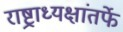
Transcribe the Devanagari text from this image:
राष्ट्राध्यक्षांतर्फे